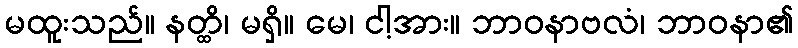
မထူးသည်။ နတ္ထိ၊ မရှိ။ မေ၊ ငါ့အား။ ဘာဝနာဗလံ၊ ဘာဝနာ၏